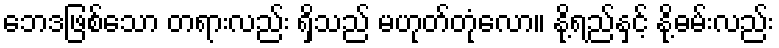
ဘေဒဖြစ်သော တရားလည်း ရှိသည် မဟုတ်တုံလော။ နို့ရည်နှင့် နို့ဓမ်းလည်း